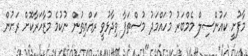
މާފުށީ ކައުންސިލް މެމްބަރު މުހައްމަދު މުސްތަފާ ވިދާޅުވީ ރައްޔިތުން ނުކުމެ މުޒާހަރާކޮށް ރަށުން